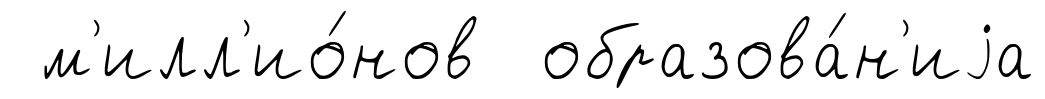
м'илл'ио́нов образова́н'иjа